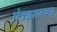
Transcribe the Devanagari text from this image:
पेत्रझाल्का